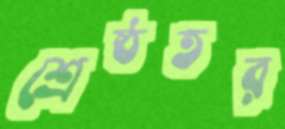
শ্রেষ্ঠতর